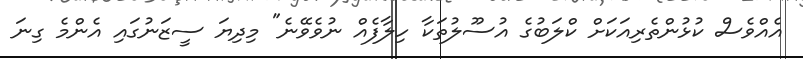
އެއްވެސް ކުޅުންތެރިއަކަށް ކްލަބުގެ އުސޫލުތަކާ ހިލާފެއް ނުވެވޭނެ" މިދިޔަ ސީޒަނުގައި އެންމެ ގިނަ